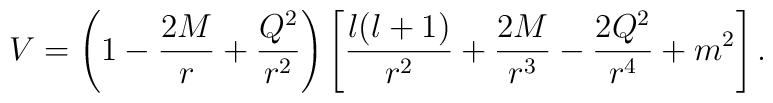
V=\left( 1-\frac{2M}{r}+\frac{Q^2}{r^2} \right)\left[ \frac{l(l+1)}{r^2}+\frac{2M}{r^3}-\frac{2Q^2}{r^4}+m^2 \right].